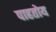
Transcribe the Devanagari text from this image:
पाहतोय